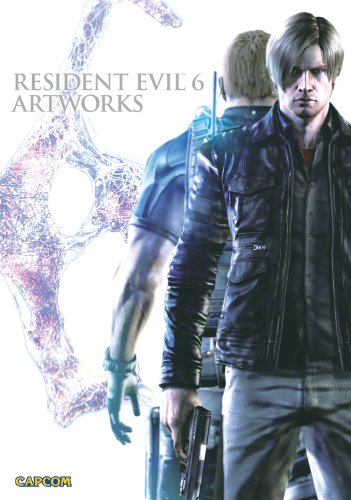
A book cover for Resident Evil 6 Artworks; Arts & Photography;